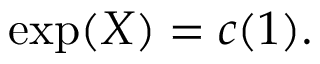
\exp ( X ) = c ( 1 ) .